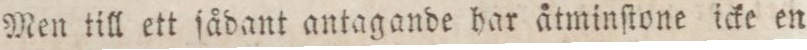
Men till ett ſådant antagande har åtminſtone icke en